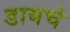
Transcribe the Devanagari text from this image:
डायचे